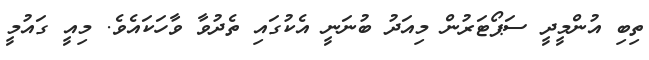
ތިބި އުންމީދީ ސަޕޯޓަރުން މިއަދު ބުނަނީ އެކުގައި ތެދުވާ ވާހަކައެވެ. މިއީ ގައުމީ